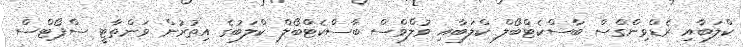
ކްލަބާއި ރެޑްވިންގްސް ބާސްކެޓްބޯލް ކްލަބާއި ވުލްވްސް ބާސްކެޓްބޯލް ކްލަބުގެ އިތުރުން ވަންތާޓީ ސްޕޯޓްސް